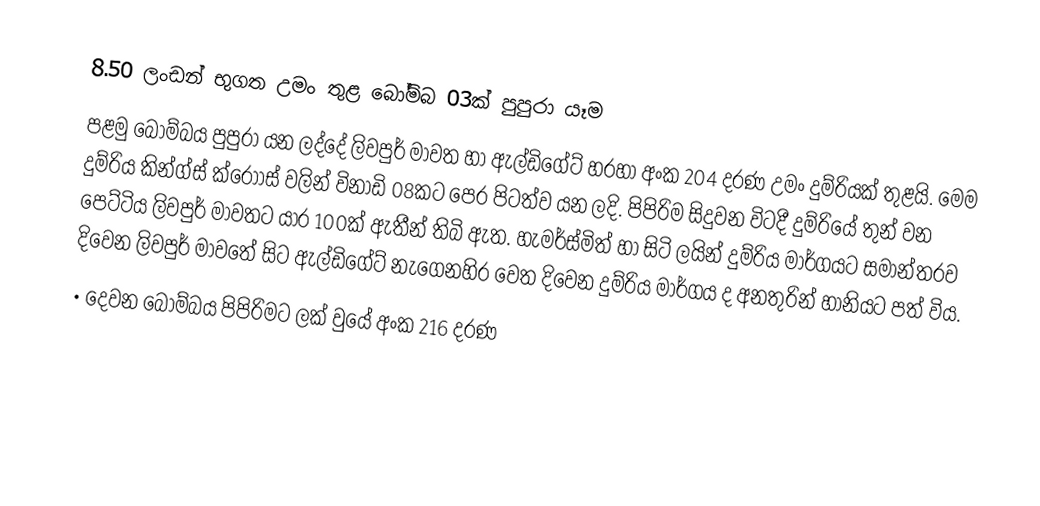
8.50 ලංඩන් භුගත උමං තුළ බෝම්බ 03ක් පුපුරා යෑම
පළමු බෝම්බය  පුපුරා යන ලද්දේ ලිවපුර් මාවත හා ඇල්ඩිගේට් හරහා අංක 204 දරණ උමං දුම්රියක් තුළයි. මෙම දුම්රිය කින්ග්ස් ක්රොාස් වලින් විනාඩි 08කට පෙර පිටත්ව යන ලදි. පිපිරිම සිදුවන විටදී දුම්රියේ තුන් වන පෙට්ටිය ලිවපුර් මාවතට යාර 100ක් ඇතීන් තිබි ඇත. හැමර්ස්මිත් හා සිටි ලයින් දුම්රිය මාර්ගයට සමාන්තරව දිවෙන ලිවපුර් මාවතේ සිට ඇල්ඩිගේට් නැගෙනහිර වෙත දිවෙන දුම්රිය මාර්ගය ද අනතුරින් හානියට පත් විය.
•	දෙවන බෝම්බය පිපිරිමට ලක් වුයේ අංක 216 දරණ